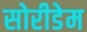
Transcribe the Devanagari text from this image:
सोरीडेम